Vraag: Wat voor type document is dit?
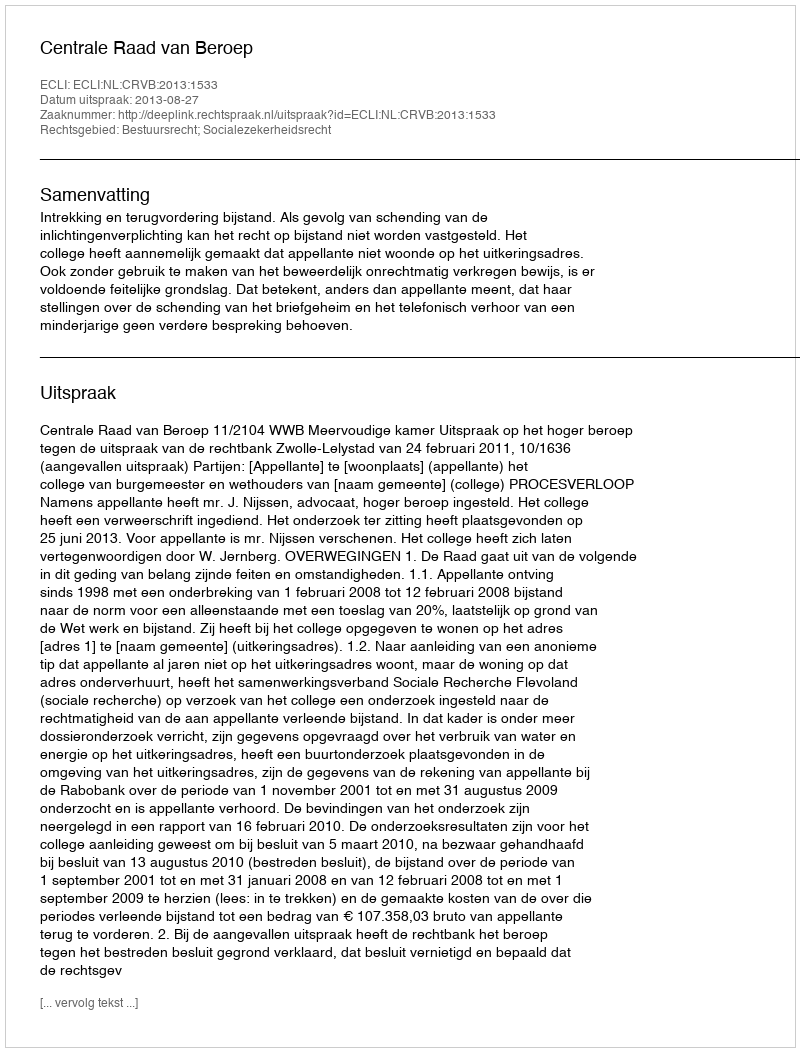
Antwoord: Uitspraak